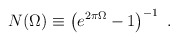
\begin{align*}N(\Omega)\equiv\left(e^{2\pi\Omega}-1\right)^{-1}\ .\end{align*}